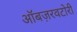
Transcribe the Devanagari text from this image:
ऑबज़रवटोरी